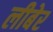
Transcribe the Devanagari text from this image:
लीबेर